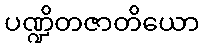
ပဏ္ဍိတဇာတိယော